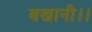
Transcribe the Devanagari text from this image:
बखानी।।